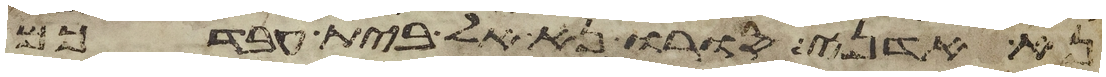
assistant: נא אדני סורו נא אל בית עבדכם